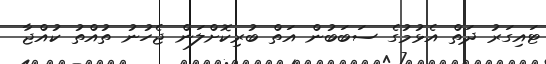
ޓައިގަރު ދަތް އެޅުމުގެ ސަބަބުން އަތް ބުރިކޮށްލަން ޖެހުނު ތުއްތު ކުއްޖާ